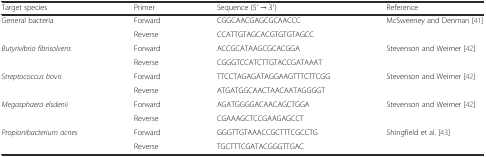
| Target species | Primer | Sequence (5′ → 3′) | Reference |
 | --- | --- | --- | --- |
 | General bacteria | Forward | CGGCAACGAGCGCAACCC | <ROWSPAN=2> McSweeney and Denman [41] |
 |  | Reverse | CCATTGTAGCACGTGTGTAGCC |
 | Butyrivibrio fibrisolvens | Forward | ACCGCATAAGCGCACGGA | <ROWSPAN=2> Stevenson and Weimer [42] |
 |  | Reverse | CGGGTCCATCTTGTACCGATAAAT |
 | Streptococcus bovis | Forward | TTCCTAGAGATAGGAAGTTTCTTCGG | <ROWSPAN=2> Stevenson and Weimer [42] |
 |  | Reverse | ATGATGGCAACTAACAATAGGGGT |
 | Megasphaera elsdenii | Forward | AGATGGGGACAACAGCTGGA | <ROWSPAN=2> Stevenson and Weimer [42] |
 |  | Reverse | CGAAAGCTCCGAAGAGCCT |
 | Propionibacterium acnes | Forward | GGGTTGTAAACCGCTTTCGCCTG | <ROWSPAN=2> Shingfield et al. [43] |
 |  | Reverse | TGCTTTCGATACGGGTTGAC |